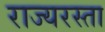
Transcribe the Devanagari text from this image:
राज्यरस्ता